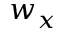
w _ { x }